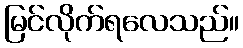
မြင်လိုက်ရလေသည်။